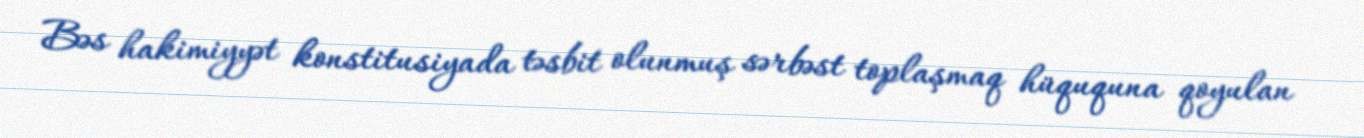
Bəs hakimiyyət konstitusiyada təsbit olunmuş sərbəst toplaşmaq hüququna qoyulan